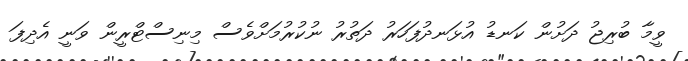
ވީމާ ބުރިޖު ދަށުން ކަނޑު އުޅަނދުފަހަރު ދަތުރު ނުކުރުމަށްވެސް މިނިސްޓްރީން ވަނީ އެދިފަ